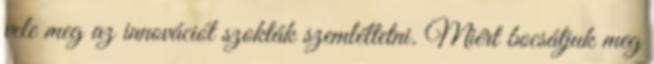
vele meg az innovációt szokták szemléltetni. Miért bocsátjuk meg